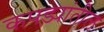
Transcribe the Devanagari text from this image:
कपड्यांतील